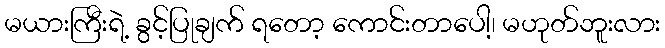
မယားကြီးရဲ့ ခွင့်ပြုချက် ရတော့ ကောင်းတာပေါ့၊ မဟုတ်ဘူးလား